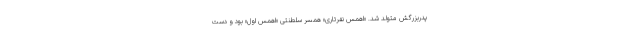
پدربزرگش متولد شد. «اهمس نفرتاری» همسر سلطنتی «اهمس اول» بود و دست